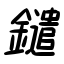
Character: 鑓